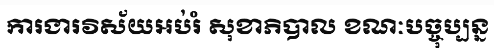
ការងារវិស័យអប់រំ សុខាភិបាល ខណៈបច្ចុប្បន្ន